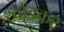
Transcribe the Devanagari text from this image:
खोंडकर